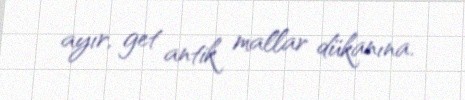
ayır, get antik mallar dükanına.